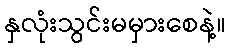
နှလုံးသွင်းမမှားစေနဲ့။